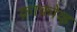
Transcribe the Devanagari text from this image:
क्राकोव्ह